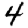
Digit: 4